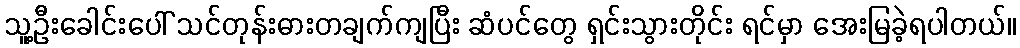
သူ့ဦးခေါင်းပေါ် သင်တုန်းဓားတချက်ကျပြီး ဆံပင်တွေ ရှင်းသွားတိုင်း ရင်မှာ အေးမြခဲ့ရပါတယ်။